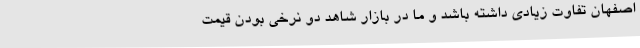
اصفهان تفاوت زیادی داشته باشد و ما در بازار شاهد دو نرخی بودن قیمت